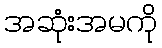
အဆုံးအမကို